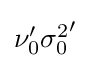
{\textstyle \nu _{0}'{\sigma _{0}^{2}}'}